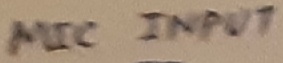
Text: MICINPUT